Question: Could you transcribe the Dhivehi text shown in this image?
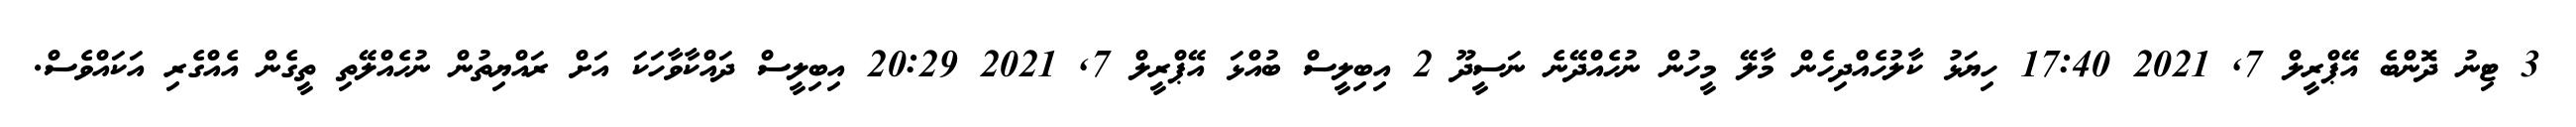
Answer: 3 ޓިނު ދޮންބެ އޭޕްރީލް 7, 2021 17:40 ހިޔަޅު ކާލުހެއްދިހެން މާލޭ މީހުން ނުހެއްދޭނެ ނަސީދޫ 2 އިބިލީސް ބުއްޅަ އޭޕްރީލް 7, 2021 20:29 އިބިލީސް ދައްކާވާހަކަ އަށް ރައްޔިތުން ނުހެއްލޭތި ތީގެން އެއްގެރި އަކައްވެސް.